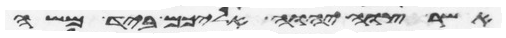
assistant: אשר צוה יהוה אליכם ביד משה